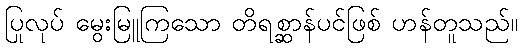
ပြုလုပ် မွေးမြူကြသော တိရစ္ဆာန်ပင်ဖြစ် ဟန်တူသည်။